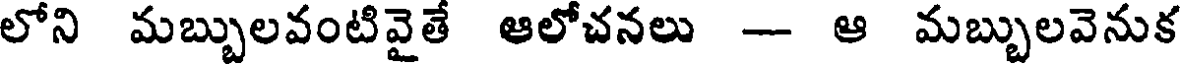
లోని మబ్బులవంటివైతే ఆలోచనలు -- ఆ మబ్బులవెనుక